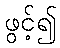
ဖွင့်၍